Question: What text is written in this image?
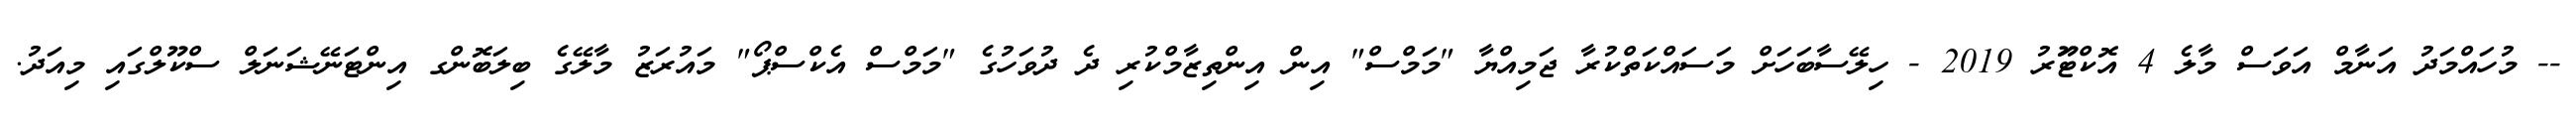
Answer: -- މުހައްމަދު އަނާމް އަވަސް މާލެ 4 އޮކްޓޫަރު 2019 - ހިލޭސާބަހަށް މަސައްކަތްކުރާ ޖަމިއްޔާ "މަމްސް" އިން އިންތިޒާމްކުރި ދެ ދުވަހުގެ "މަމްސް އެކްސްޕޯ" މައުރަޒު މާލޭގެ ބިލަބޮންގ އިންޓަނޭޝަނަލް ސްކޫލްގައި މިއަދު.